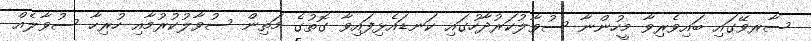
ސާރވޭގައި ބައިވެރިވާ މީހުންނާ ސުވާލުކަރުދާހުގައި ކަނޑައެޅިފައިވާ ގޮތުގެ މަތިން ސުވާލުކުރުމާއި ހުރިހާ ސުވާލެއް